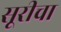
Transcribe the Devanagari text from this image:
सूरीचा